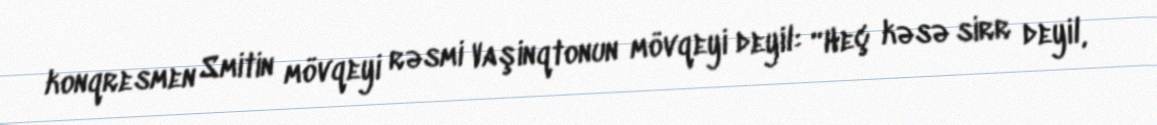
konqresmen Smitin mövqeyi rəsmi Vaşinqtonun mövqeyi deyil: “Heç kəsə sirr deyil,